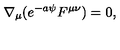
\nabla _ { \mu } ( e ^ { - a \psi } F ^ { \mu \nu } ) = 0 ,